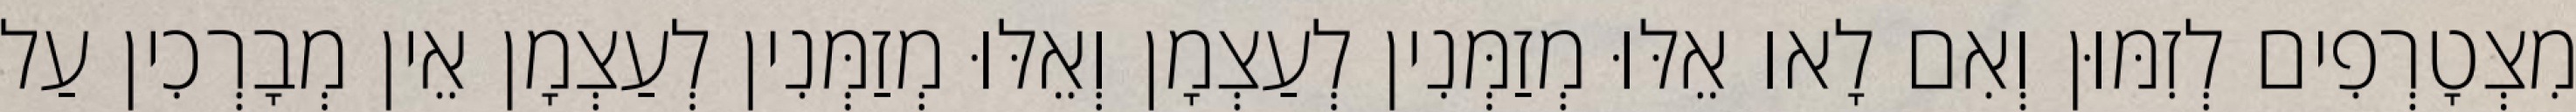
מִצְטָרְפִים לְזִמּוּן וְאִם לָאו אֵלּוּ מְזַמְּנִין לְעַצְמָן וְאֵלּוּ מְזַמְּנִין לְעַצְמָן אֵין מְבָרְכִין עַל